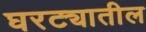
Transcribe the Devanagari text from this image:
घरट्यातील